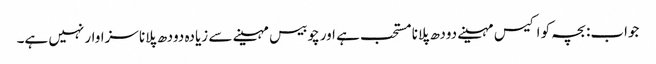
جواب: بچہ کو اکیس مہینے دودھ پلانا مستحب ہے اور چوبیس مہینے سے زیادہ دودھ پلانا سزاوار نہیں ہے۔